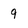
Character: 9